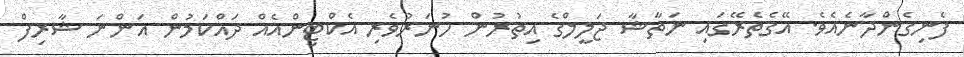
ފެނިގެންދާނެއެވެ. އޭގެތެރޭގައި ނަތާޝާ ޖަލީލްގެ އިތުރުން ހުނަރުވެރި އެކްޓިންއެއް ދައްކަމުން އަންނަ ޝާރިފް